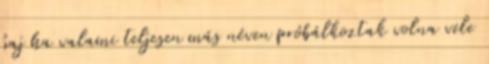
baj ha valami teljesen más néven próbálkoztak volna vele